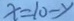
x = 1 0 - y